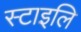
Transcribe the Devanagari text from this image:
स्टाइलि